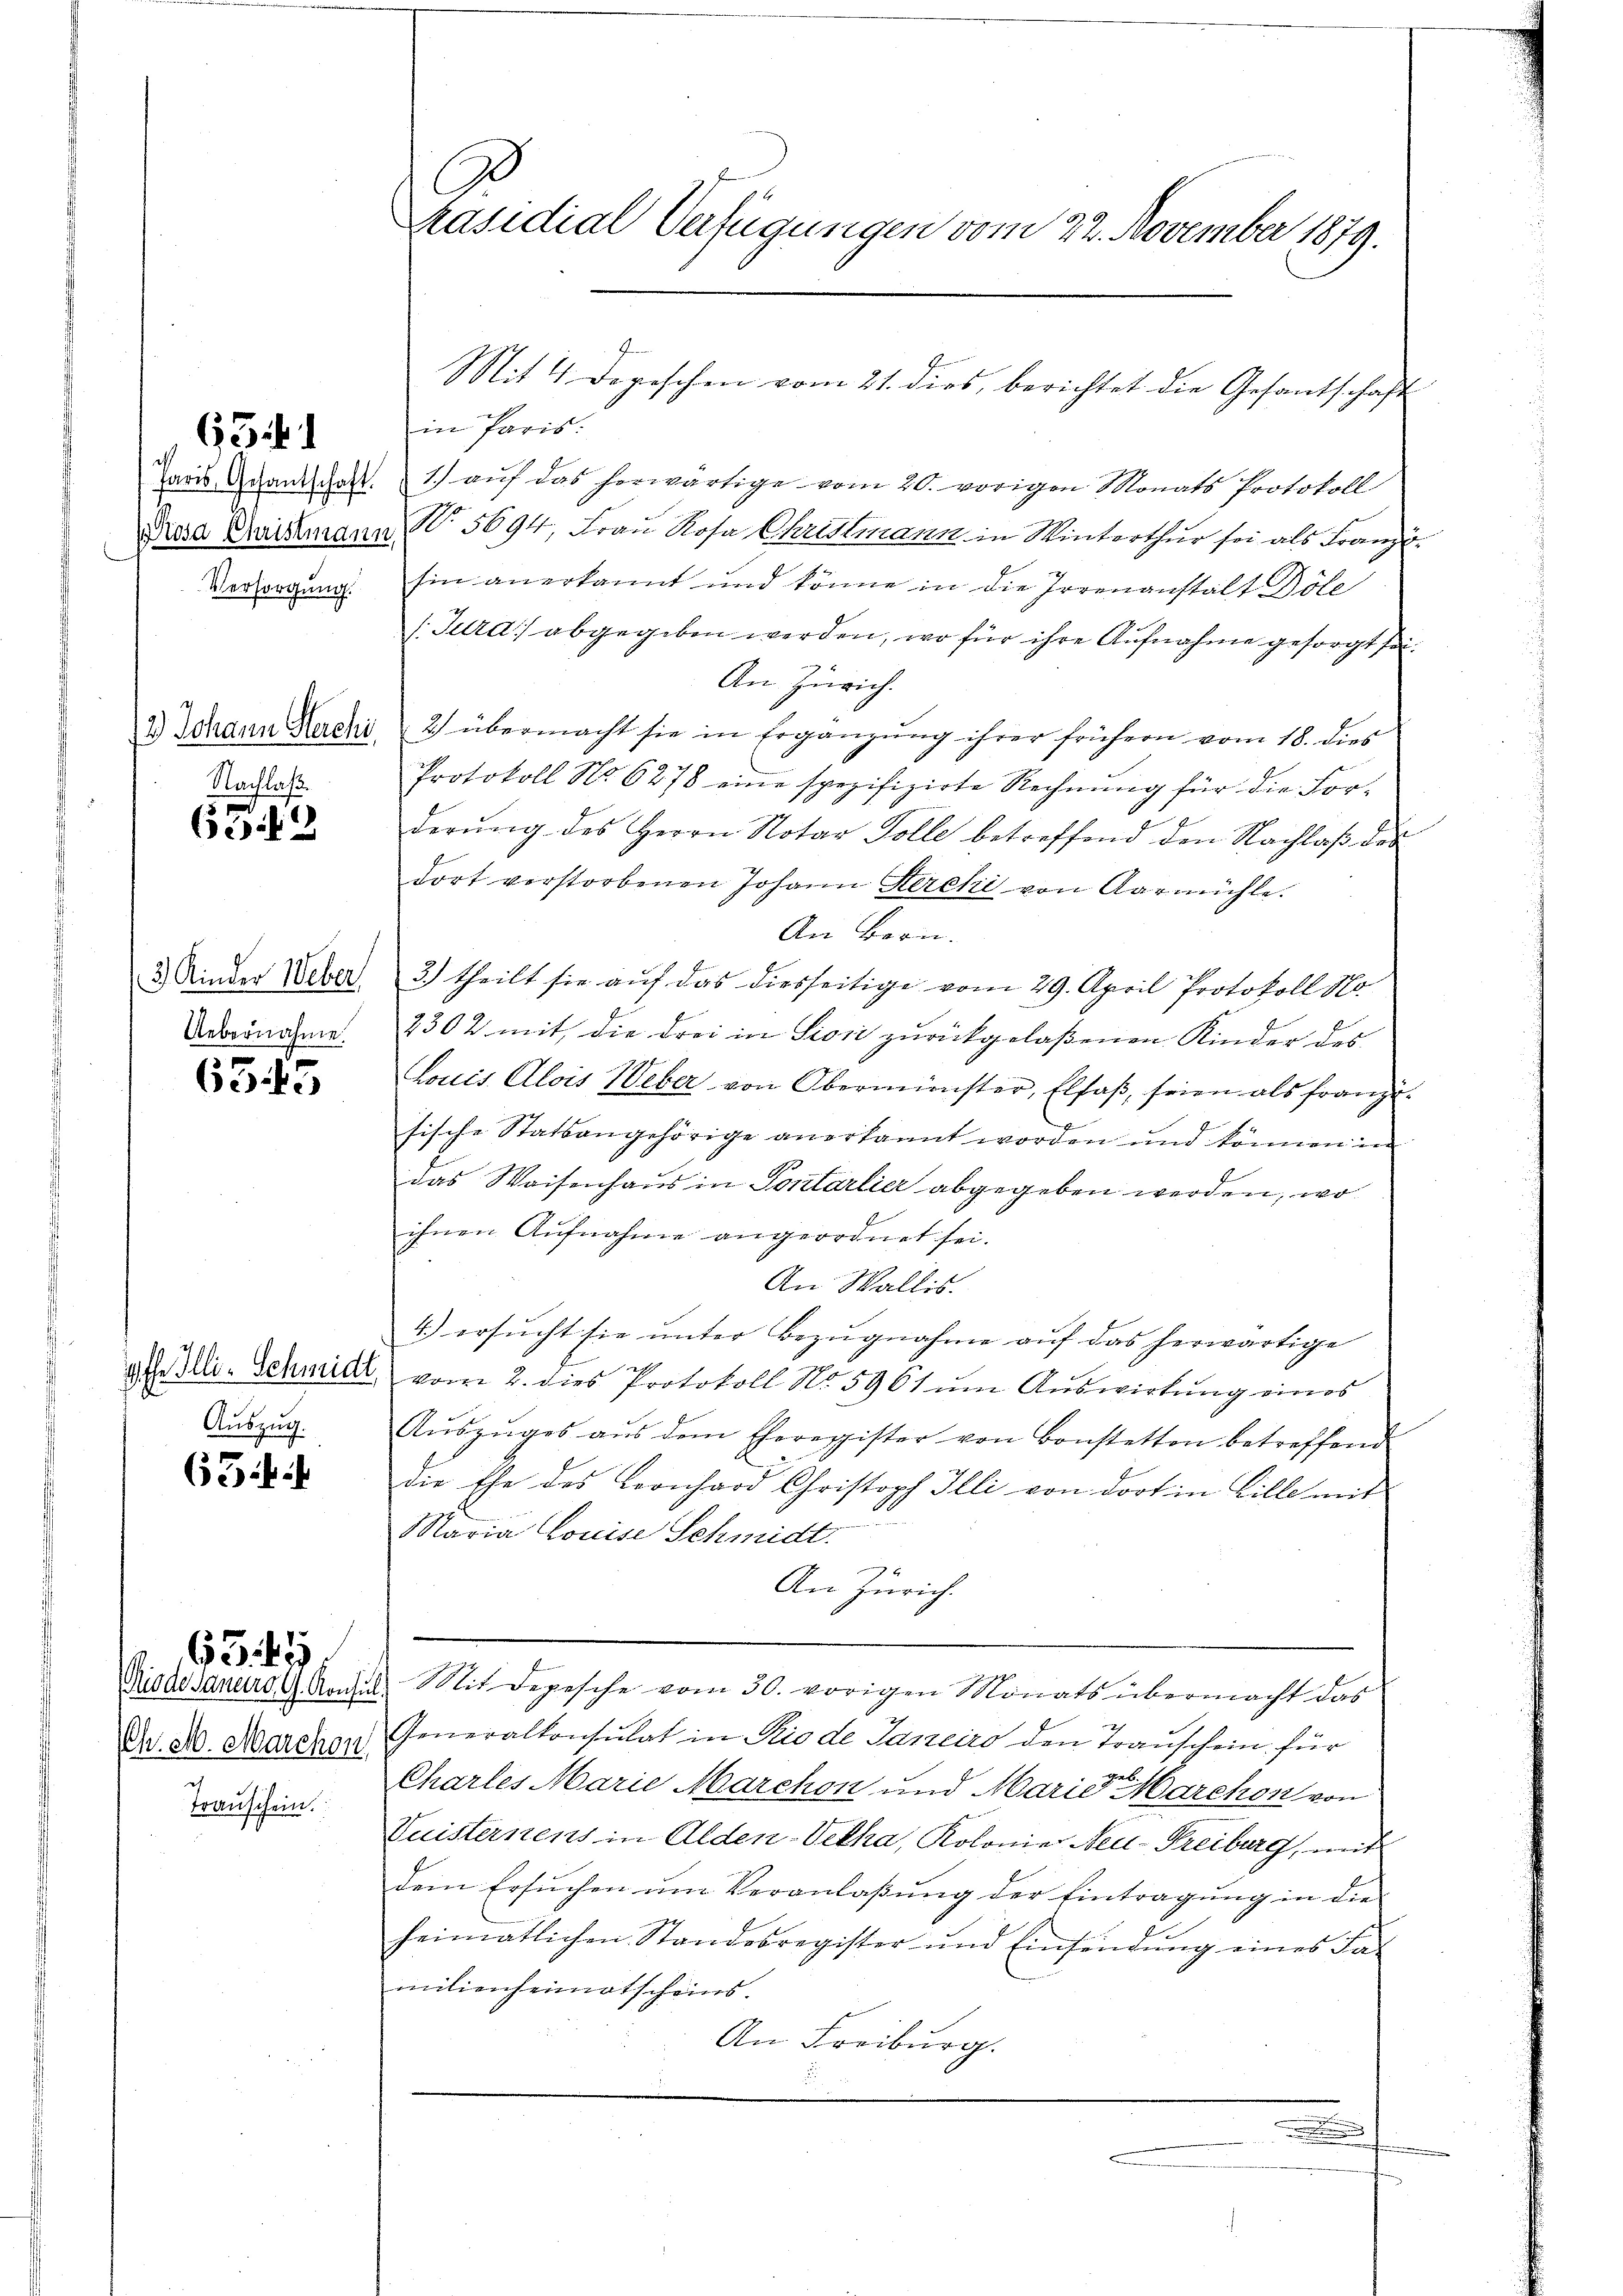
63

Versorgung.

Nachlaß.

639

Uebernahme

6345

9
Auszug.

63 f.

Rodesaneiro G. Konsi
Chr. M. Marchon,
Transchein.

6349.

in Paris:
Paris Brandschaft. 1. aŭf das herwärtige vom 20. vorigen Monats Protokoll
Prosa Gaislmann No 5694, Frau Rosa Christmann in Winterthur sei als Franzi
Ein anerkannt und könne in die Irrenanstalt Döle
/. Jura abgegeben werden, wo für ihre Aufnahme gesorgt sei.
An Zürich.
2 Johann Hacki, 2) übermacht sie in Ergänzŭng ihrer frühern vom 18. dies
Protokoll No 6278 eine spezifizirte Rechnung für die For-
derŭng des Herrn Notar Tolle betreffend den Nachlaβ des
dort verstorbenen Johann Kerchi von Aarmühle.
An Bern.
3 Kinder Ueber 3.) theilt sie auf das diesseitige vom 29. April Protokoll No
2302 mit, die drei in Pioni zurückgelaßenen Kinder des
Louis Alois Weber von Oberminister, Elsaß, seien als franzisische Statsangehörige anerkannt worden und können in
das Waisenhaus in Sontarlier abgegeben werden, wo
ihnen Aufnahme angeordnet sei.
An Wallis.
4.) ersucht sie unter Bezugnahme auf das herwärtige
29
g Illi-Schmidl vom 2. dies Protokoll No 5961 um Auswirkung eines
Aŭszŭges aŭs dem Eheregister von Bonstetten betreffend
die Ehe des Leonhard Christoph Illi von dort in Bille mit
Maria Louise Schmidt.
An Zürich.
& Mit Depesche vom 30. vorigen Monats übermacht das
Generalkonsulat in Rio de Janeiro den Trauschein für
hab.
Chartes Marie Marchon und Marie Marchon von
Puisternens in Alden-Vetha, Kolonie Neu-Freiburg, mit
dem Ersuchen um Veranlaßung der Eintragung in die
heimatlichen Standesregister und Einfindung eines Ja-
milienheimatscheins.
An Freiburg.
u
.

C
räsidial Verfügungen vom 22. November 1879.

Mit 4 Depeschen vom 21. dies, berichtet die Gesantschaft